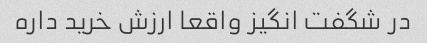
در شگفت انگیز واقعا ارزش خرید داره